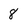
Character: 8